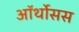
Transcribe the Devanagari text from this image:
ऑर्थोसस